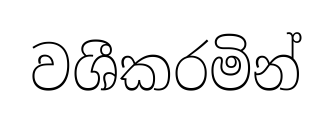
වශීකරමින්